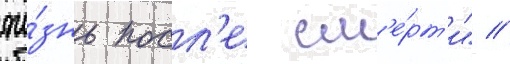
жи́знь посл'е см'е́рт'и" //